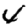
Digit: 4